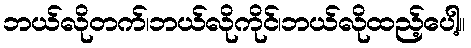
ဘယ်လိုတက်၊ဘယ်လိုကိုင်၊ဘယ်လိုထည့်ပေါ့။